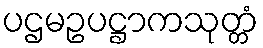
ပဌမဥပဋ္ဌာကသုတ္တံ